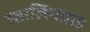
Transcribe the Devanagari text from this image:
स्तालिनग्राड